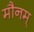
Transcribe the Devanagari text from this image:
मौनम्